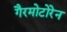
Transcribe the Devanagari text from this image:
गैरमोटोरेन